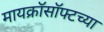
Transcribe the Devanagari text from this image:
मायक्रॉसॉफ्टच्या